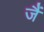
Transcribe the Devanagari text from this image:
जैं